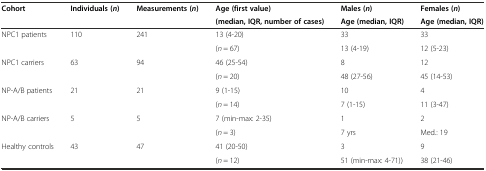
<table><thead><tr><td rowspan="2"><b>Cohort</b></td><td rowspan="2"><b>Individuals (<i>n</i>)</b></td><td rowspan="2"><b>Measurements (<i>n</i>)</b></td><td><b>Age (first value)</b></td><td><b>Males (<i>n</i>)</b></td><td><b>Females (<i>n</i>)</b></td></tr><tr><td><b>(median, IQR, number of cases)</b></td><td><b>Age (median, IQR)</b></td><td><b>Age (median, IQR)</b></td></tr></thead><tbody><tr><td rowspan="2">NPC1 patients</td><td rowspan="2">110</td><td rowspan="2">241</td><td>13 (4-20)</td><td>33</td><td>33</td></tr><tr><td>(<i>n</i> = 67)</td><td>13 (4-19)</td><td>12 (5-23)</td></tr><tr><td rowspan="2">NPC1 carriers</td><td rowspan="2">63</td><td rowspan="2">94</td><td>46 (25-54)</td><td>8</td><td>12</td></tr><tr><td>(<i>n</i> = 20)</td><td>48 (27-56)</td><td>45 (14-53)</td></tr><tr><td rowspan="2">NP-A/B patients</td><td rowspan="2">21</td><td rowspan="2">21</td><td>9 (1-15)</td><td>10</td><td>4</td></tr><tr><td>(<i>n</i> = 14)</td><td>7 (1-15)</td><td>11 (3-47)</td></tr><tr><td rowspan="2">NP-A/B carriers</td><td rowspan="2">5</td><td rowspan="2">5</td><td>7 (min-max: 2-35)</td><td>1</td><td>2</td></tr><tr><td>(<i>n</i> = 3)</td><td>7 yrs</td><td>Med.: 19</td></tr><tr><td rowspan="2">Healthy controls</td><td rowspan="2">43</td><td rowspan="2">47</td><td>41 (20-50)</td><td>3</td><td>9</td></tr><tr><td>(<i>n</i> = 12)</td><td>51 (min-max: 4-71))</td><td>38 (21-46)</td></tr></tbody></table>